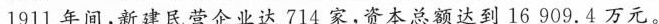
1911年间，新建民营企业达714家，资本总额达到16909.4万元。